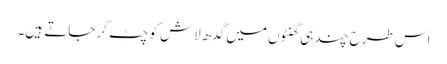
اس طرح چند ہی گھنٹوں میں گدھ لاش کو چٹ کر جاتے ہیں۔